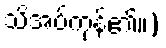
သိအပ်ကုန်၏။)